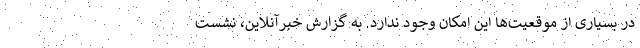
در بسیاری از موقعیت‌ها این امکان وجود ندارد. به گزارش خبرآنلاین، نشست